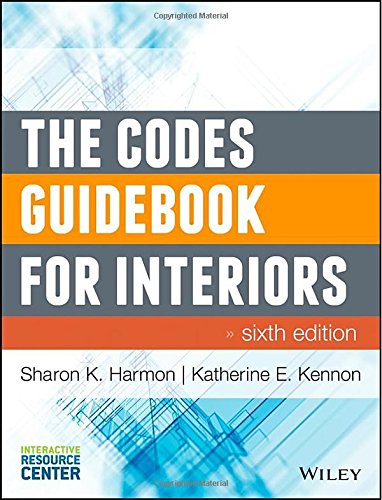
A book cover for The Codes Guidebook for Interiors; Sharon K. Harmon; Arts & Photography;